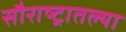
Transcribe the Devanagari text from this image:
सौराष्ट्रातल्या